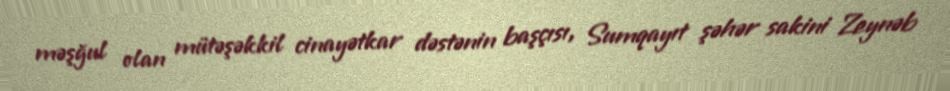
məşğul olan mütəşəkkil cinayətkar dəstənin başçısı, Sumqayıt şəhər sakini Zeynəb